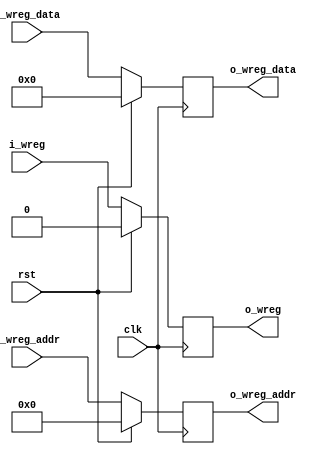
`timescale 1ns / 1ps
//////////////////////////////////////////////////////////////////////////////////
// Company: 
// Engineer: 
// 
// Design Name: 
// Module Name: mem_wb
// Project Name: 
// Target Devices: 
// Tool Versions: 
// Description: 
// 
// Dependencies: 
// 
// Revision:
// Revision 0.01 - File Created
// Additional Comments:
// 
//////////////////////////////////////////////////////////////////////////////////


module mem_wb(
    input wire rst,
    input wire clk,
    input wire i_wreg,
    input wire[4:0] i_wreg_addr,
    input wire[31:0] i_wreg_data,
    
    output reg o_wreg,
    output reg[4:0] o_wreg_addr,
    output reg[31:0] o_wreg_data
    );

always @(posedge clk)
begin
    if (rst == 1'b1)
        begin
            o_wreg <= 1'b0;
            o_wreg_addr <= 5'b0;
            o_wreg_data <= 32'h0;
        end
    else
        begin
            o_wreg <= i_wreg;
            o_wreg_addr <= i_wreg_addr;
            o_wreg_data <= i_wreg_data;
        end
end
endmodule